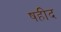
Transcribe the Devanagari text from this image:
षहीद